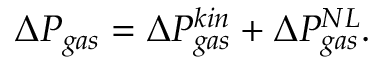
\begin{array} { r } { \Delta P _ { g a s } = \Delta P _ { g a s } ^ { k i n } + \Delta P _ { g a s } ^ { N L } . } \end{array}